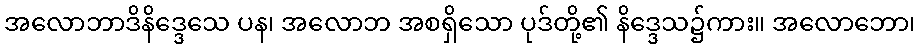
အလောဘာဒိနိဒ္ဒေသေ ပန၊ အလောဘ အစရှိသော ပုဒ်တို့၏ နိဒ္ဒေသ၌ကား။ အလောဘော၊